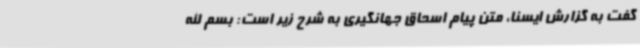
گفت به گزارش ایسنا، متن پیام اسحاق جهانگیری به شرح زیر است: بسم الله